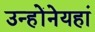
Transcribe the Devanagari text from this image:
उन्होंनेयहां